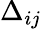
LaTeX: \Delta_{ij}